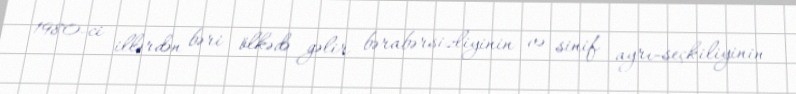
1980-ci illərdən bəri ölkədə gəlir bərabərsizliyinin və sinif ayrı-seçkiliyinin